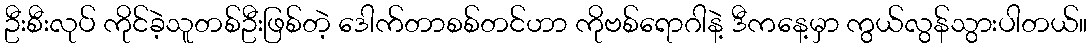
ဦးစီးလုပ် ကိုင်ခဲ့သူတစ်ဦးဖြစ်တဲ့ ဒေါက်တာစစ်တင်ဟာ ကိုဗစ်ရောဂါနဲ့ ဒီကနေ့မှာ ကွယ်လွန်သွားပါတယ်။